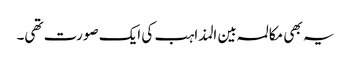
یہ بھی مکالمہ بین المذاہب کی ایک صورت تھی۔